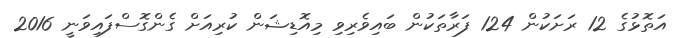
އަތޮޅުގެ 12 ރަށަކުން 124 ފަރާތަކުން ބައިވެރިވި މިއޮޑިޝަން ކުރިއަށް ގެންގޮސްފައިވަނީ 2016